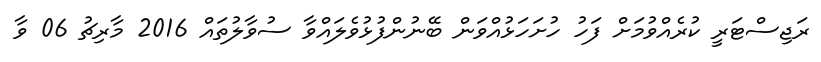
ރަޖިސްޓަރީ ކުރެއްވުމަށް ފަހު ހުށަހަޅުއްވަން ބޭނުންފުޅުވެލައްވާ ސުވާލުތައް 2016 މާރިޗު 06 ވާ